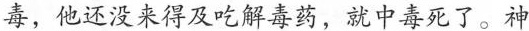
毒，他还没来得及吃解毒药，就中毒死了。神